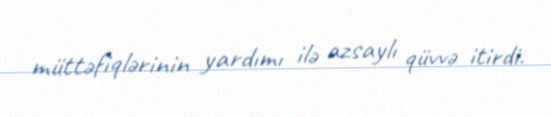
müttəfiqlərinin yardımı ilə azsaylı qüvvə itirdi.